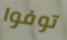
توفوا